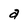
Character: a